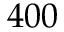
4 0 0